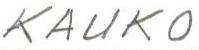
KAUKO